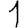
Digit: 1